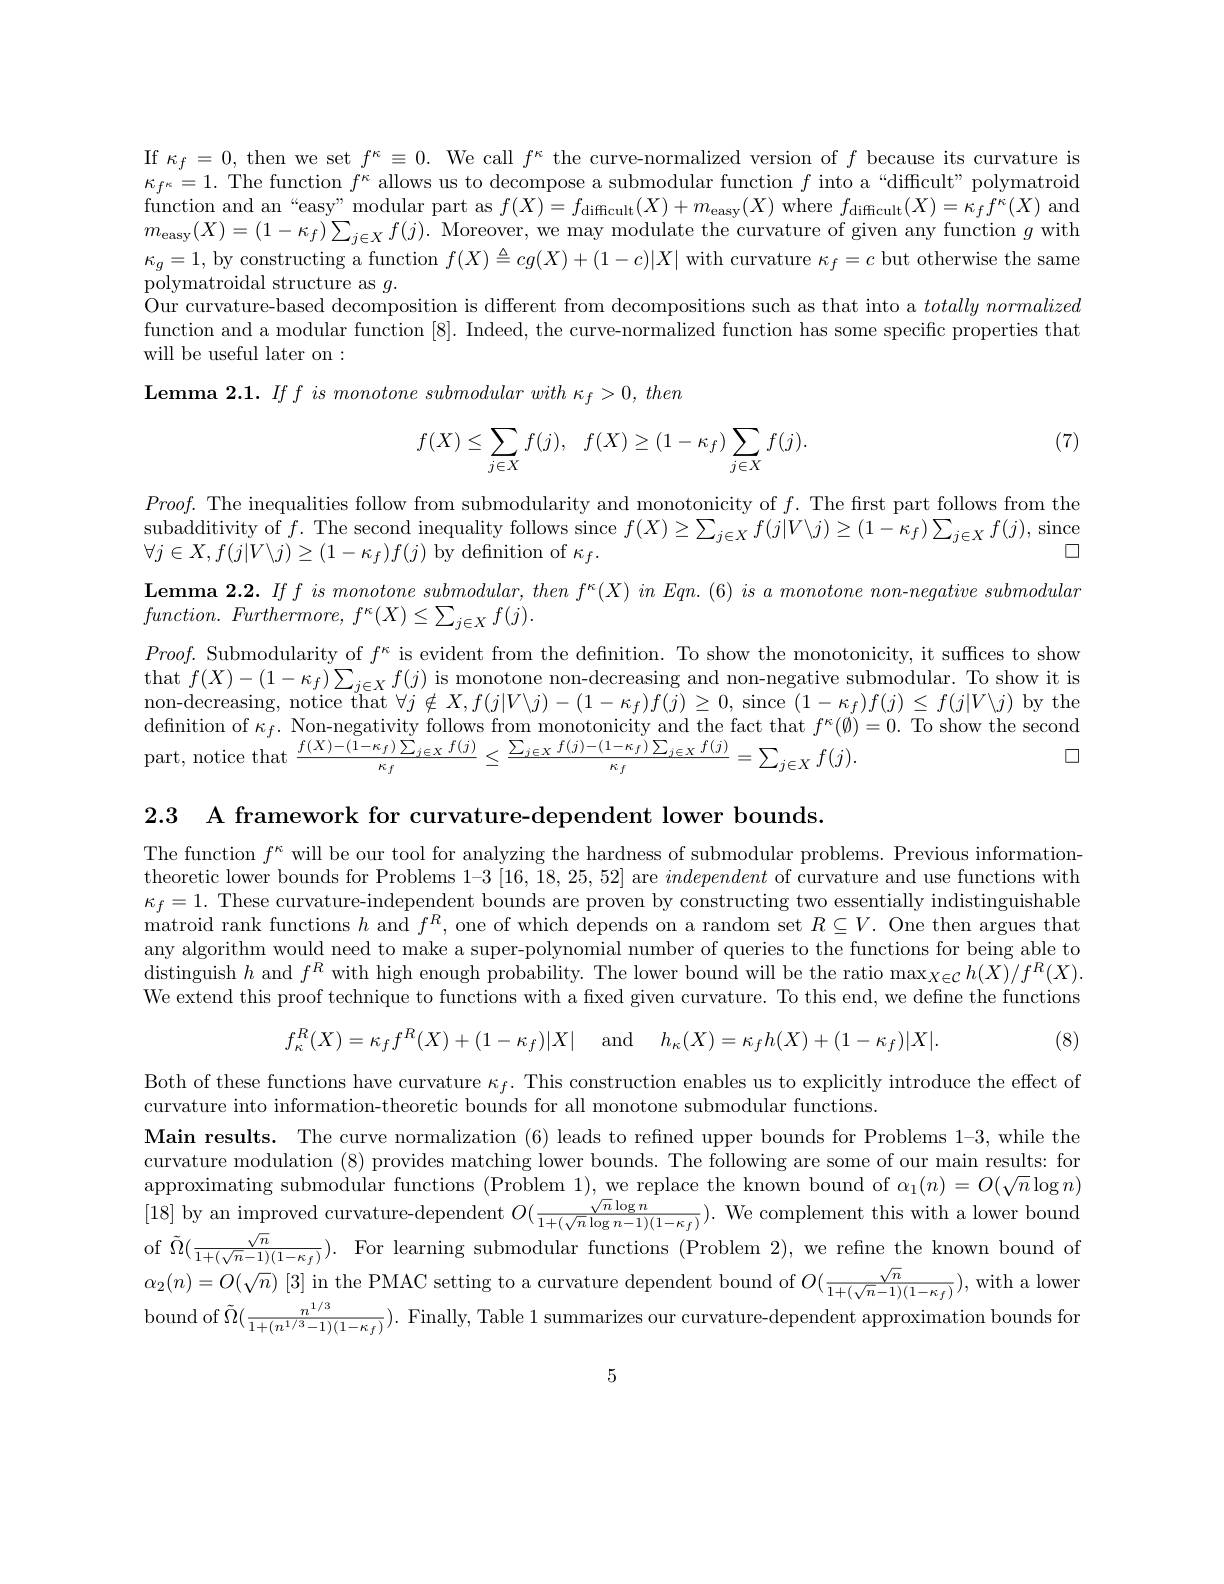
If $\kappa_f=0$,then we set $f^\kappa\equiv0.$ We call $f^\kappa$ the curve-normalized version of $f$ because its curvature is $\kappa_{f^{\kappa}}=1.$ The function $f^\kappa$ allows us to decompose a submodular function $f$ into a“difficult”polymatroid function and an“easy” modular part as $f(X)=f_{\mathrm{difficult}}(X)+m_{\mathrm{easy}}(X)$ where $f_\mathrm{difficult}(X)=\kappa_ff^{\kappa}(X)$ and $m_{\mathrm{easy}}(X)=(1-\kappa_f)\sum_{j\in X}f(j).$ Moreover, we may modulate the curvature of given any function $g$ with $\kappa_{g}=1$, by constructing a function $f(X)\triangleq cg(X)+(1-c)|X|$ with curvature $\kappa_f=c$ but otherwise the same polymatroidal structure as $g.$
Our curvature-based decomposition is different from decompositions such as that into a $totally\textit{normalized}$ function and a modular function [8]. Indeed, the curve-normalized function has some specific properties that will be useful later on :
$\textbf{Lemma 2. 1. If f is monotone submodular with }\kappa _{f}> 0$, then

(7)
$$\begin{aligned}f(X)\leq\sum_{j\in X}f(j),&&f(X)\geq(1-\kappa_f)\sum_{j\in X}f(j).\end{aligned}$$
$Proof.$ The inequalities follow from submodularity and monotonicity of $f.$ The first part follows from the $\begin{array}{c}\text{subadditivity of }f.&\text{The second inequality follows since }f(X)\geq\sum_{j\in X}f(j|V\backslash j)\geq(1-\kappa_f)\sum_{j\in X}f(j),\mathrm{~since}\\\end{array}$
$\square$
$\forall j\in X,f(j|V\backslash j)\geq(1-\kappa_f)f(j)$ by defnition of $\kappa_f.$
$\textbf{Lemma 2. 2. If }f\textit{is monotone submodular, then f}^{\kappa }( X)$ in $Eqn.(6)$ is $a$ monotone non-negative submodular
$function.$ $Furthermore$, $f^{\kappa }( X) \leq \sum _{j\in X}f( j) .$
$Proof.$ Submodularity of $f^\kappa$ is evident from the defnition. To show the monotonicity, it suffices to show that $f(X)-(1-\kappa_{f})\sum_{j\in X}f(j)$ is monotone non-decreasing and non-negative submodular. To show it is non-decreasing, notice that $\forall j\notin X,f(j|V\backslash j)-(1-\kappa_{f})f(j)\geq0$, since $(1-\kappa_{f})f(j)\leq f(j|V\backslash j)$ by the $\begin{array}{c}\text{definition of }\kappa_{f}.&\text{Non-negativity follows from monotonicity and the fact that }f^{\kappa}(\emptyset)=0.&\text{To show the second}\\\end{array}$
$\square$
${\mathrm{part,~notice~that~}\frac{f(X)-(1-\kappa_{f})\sum_{j\in X}f(j)}{\kappa_{f}}\leq\frac{\sum_{j\in X}f(j)-(1-\kappa_{f})\sum_{j\in X}f(j)}{\kappa_{f}}=\sum_{j\in X}f(j).}$

2.3 A framework for curvature-dependent lower bounds

The function $f^\kappa$ will be our tool for analyzing the hardness of submodular problems. Previous informationtheoretic lower bounds for Problems $1-3\left[16,18,25,52\right]$ are independent of curvature and use functions with $\kappa_f=1.$ These curvature-independent bounds are proven by constructing two essentially indistinguishable matroid rank functions $h$ and $f^R$, one of which depends on a random set $R\subseteq V.$ One then argues that any algorithm would need to make a super-polynomial number of queries to the functions for being able to distinguish $h$ and $f^R$ with high enough probability. The lower bound will be the ratio max$_X\in\mathcal{C}h(X)/f^R(X).$ We extend this proof technique to functions with a fixed given curvature. To this end, we define the functions

$f_{\kappa }^{R}( X) = \kappa _{f}f^{R}( X) + ( 1- \kappa _{f}) | X|$ and $h_{\kappa }( X) = \kappa _{f}h( X) + ( 1- \kappa _{f}) | X| .$

(8)

Both of these functions have curvature $\kappa_f.$ This construction enables us to explicitly introduce the effect of
curvature into information-theoretic bounds for all monotone submodular functions
Main results. The curve normalization (6) leads to refined upper bounds for Problems 1-3, while the curvature modulation (8) provides matching lower bounds. The following are some of our main results: for approximating submodular functions (Problem 1), we replace the known bound of $\alpha_1(n)=O(\sqrt{n}\log n)$ [18] by an improved curvature-dependent $O(\frac{\sqrt{n}\log n}{1+(\sqrt{n}\log n-1)(1-\kappa_{f})}).$ We complement this with a lower bouno ${\mathrm{of~}\tilde{\Omega } }( \frac {\sqrt {n}}{1+ ( \sqrt {n}- 1) ( 1- \kappa _{f}) }) .$ ${\mathrm{For~}}$learning submodular functions (Problem 2),we refine the known bound ot $\alpha_{2}(n)=O(\sqrt{n})[3]$ in the PMAC setting to a curvature dependent bound of $O(\frac{\sqrt{n}}{1+(\sqrt{n}-1)(1-\kappa_{f})})$, with a lowe oound of $\tilde{\Omega}(\frac{n^{1/3}}{1+(n^{1/3}-1)(1-\kappa_{f})}).$ Finally, Table 1 summarizes our curvature-dependent approximation bounds fo

5